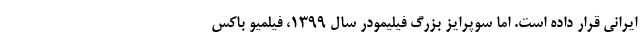
ایرانی قرار داده است. اما سوپرایز بزرگ فیلیمودر سال ۱۳۹۹، فیلمیو باکس